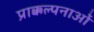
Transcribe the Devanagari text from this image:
प्राक्कल्पनाओं